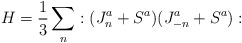
\begin{align*}H = \frac{1}{3} \sum_{n} :(J^{a}_{n} + S^{a})(J^{a}_{-n} + S^{a}):\end{align*}